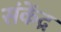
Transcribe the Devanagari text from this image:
संकेंद्र